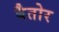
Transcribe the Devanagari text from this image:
बैतोर